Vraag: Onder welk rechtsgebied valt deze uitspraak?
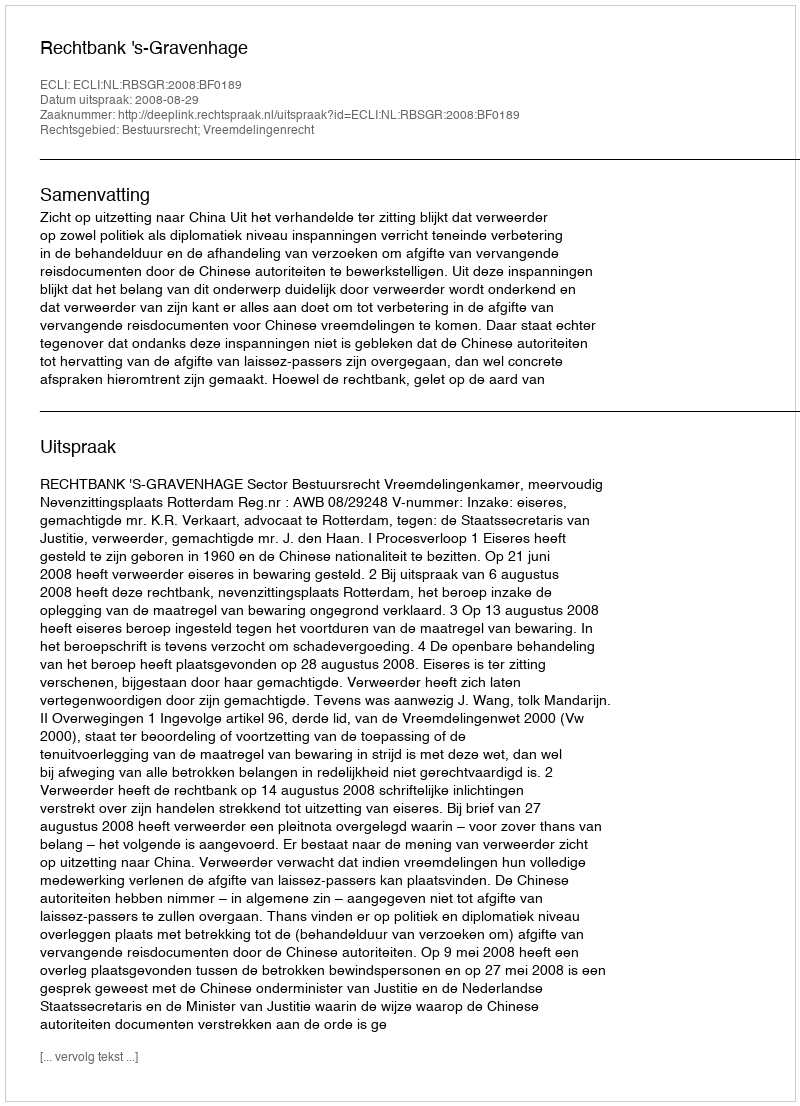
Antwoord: Bestuursrecht; Vreemdelingenrecht